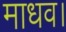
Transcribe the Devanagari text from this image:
माधव।